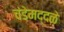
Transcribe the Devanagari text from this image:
चंडेमद्दळे